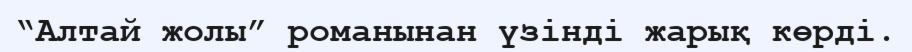
“Алтай жолы” романынан үзінді жарық көрді.